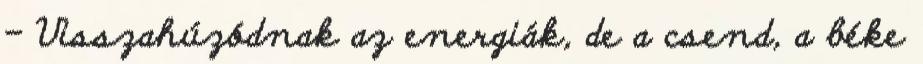
- Visszahúzódnak az energiák, de a csend, a béke